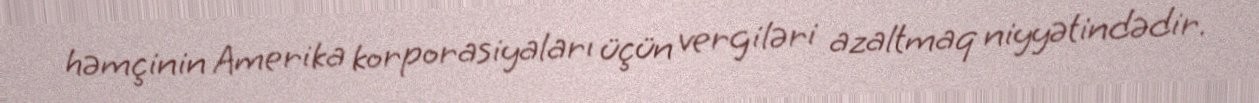
həmçinin Amerika korporasiyaları üçün vergiləri azaltmaq niyyətindədir.